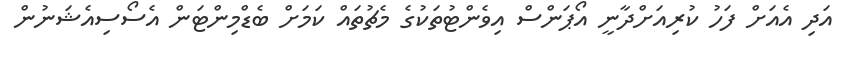
އަދި އެއަށް ފަހު ކުރިއަށްދާނީ އޯޕަންސް އިވެންޓުތަކުގެ މެޗުތައް ކަމަށް ބެޑްމިންޓަން އެސޯސިއެޝަނުން